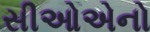
સીઓએનો